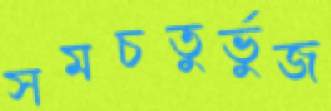
সমচতুর্ভুজ